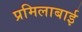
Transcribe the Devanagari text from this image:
प्रमिलाबाई